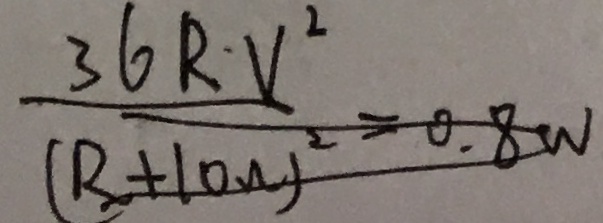
\frac { 3 6 R V ^ { 2 } } { ( R + 1 0 n ) ^ { 2 } } = 0 . 8 w